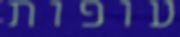
עופות